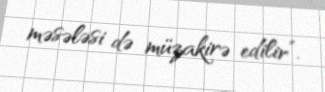
məsələsi də müzakirə edilir”.